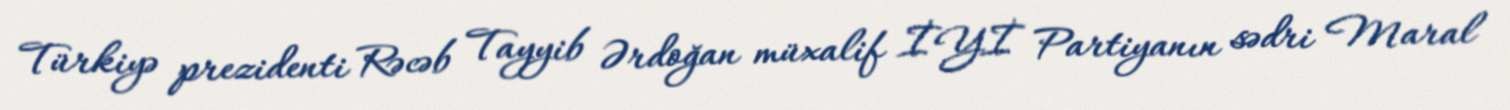
Türkiyə prezidenti Rəcəb Tayyib Ərdoğan müxalif İYİ Partiyanın sədri Maral